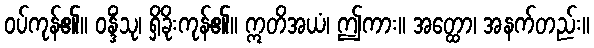
ဝပ်ကုန်၏။ ဝန္ဒိံသု၊ ရှိခိုးကုန်၏။ ဣတိအယံ၊ ဤကား။ အတ္ထော၊ အနက်တည်း။